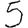
Digit: 5